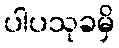
ပါပသုခမှိ